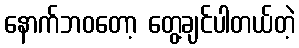
နောက်ဘဝတော့ တွေ့ချင်ပါတယ်တဲ့